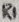
Text: tR1